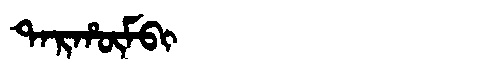
Manchu: ᡨᠠᡵᡥᡡᠮᠪᡳ
Romanization: TARHŪMBI